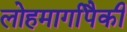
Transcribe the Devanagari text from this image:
लोहमार्गांपैकी